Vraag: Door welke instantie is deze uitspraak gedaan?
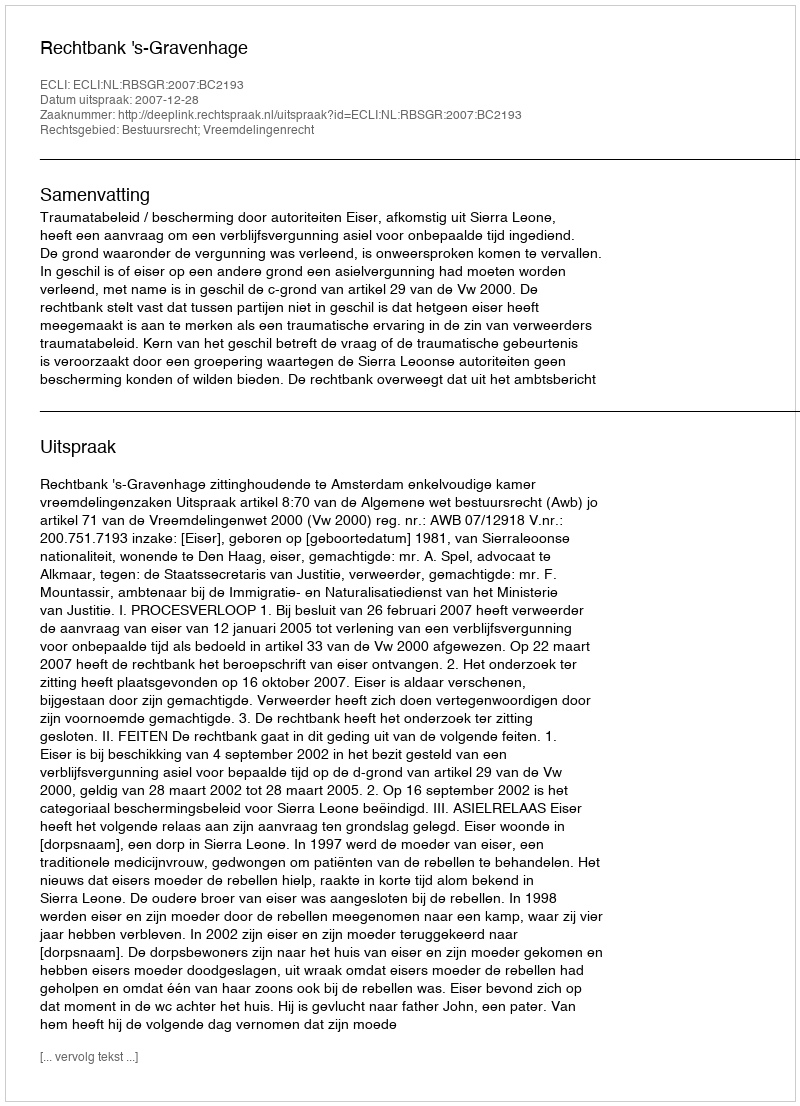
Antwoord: Rechtbank 's-Gravenhage